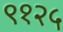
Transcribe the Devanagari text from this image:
९१२५